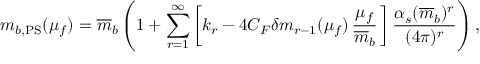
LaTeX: m _ { b , \mathrm { P S } } ( \mu _ { f } ) = \overline { { { m } } } _ { b } \left( 1 + \sum _ { r = 1 } ^ { \infty } \bigg [ k _ { r } - 4 C _ { F } \delta m _ { r - 1 } ( \mu _ { f } ) \, \frac { \mu _ { f } } { \overline { { { m } } } _ { b } } \, \bigg ] \, \frac { \alpha _ { s } ( \overline { { { m } } } _ { b } ) ^ { r } } { ( 4 \pi ) ^ { r } } \right) ,